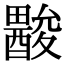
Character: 𨢽